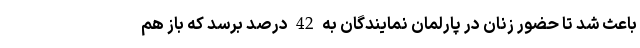
باعث شد تا حضور زنان در پارلمان نمایندگان به 42 درصد برسد که باز هم